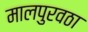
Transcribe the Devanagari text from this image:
मालपुरवठा